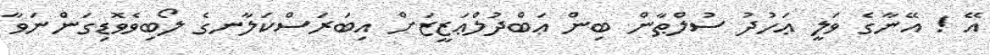
އޭ ! އޭނާގެ ވަލީ ޢަހުދު ސުލްޠާން ބިން ޢަބްދުލްޢަޒީޒަށް އިބަރަސްކަލާނގެ ލޯބިވެވޮޑިގަންނަވާ